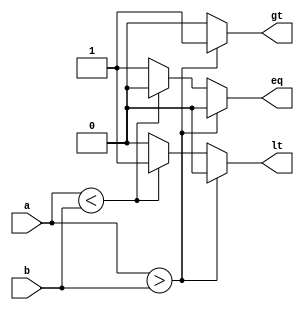
`timescale 1ns / 1ps
//////////////////////////////////////////////////////////////////////////////////
// Angel Lopez, Peter Lankisch
//////////////////////////////////////////////////////////////////////////////////


module COMP(a, b, gt, lt, eq);
    parameter DATAWIDTH = 64;
    input [DATAWIDTH-1:0] a;
    input [DATAWIDTH-1:0] b;
    output reg gt, lt, eq;
    
    always @(a,b)begin
        if (a > b) begin
	    gt <= 1;
	    lt <= 0;
	    eq <= 0;
	end
	else if (a < b) begin
	    gt <= 0;
	    lt <= 1;
	    eq <= 0;
	end
	else begin
	    gt <= 0;
	    lt <= 0;
	    eq <= 1;
	end
    end
    
endmodule